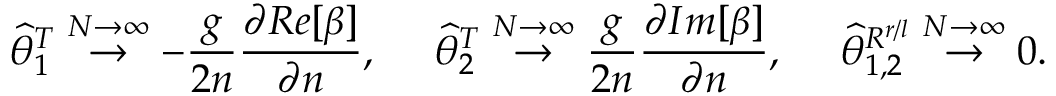
\widehat { \theta } _ { 1 } ^ { T } \stackrel { N \rightarrow \infty } { \rightarrow } - \frac { g } { 2 n } \frac { \partial R e [ \beta ] } { \partial n } , \ \ \ \ \widehat { \theta } _ { 2 } ^ { T } \stackrel { N \rightarrow \infty } { \rightarrow } \frac { g } { 2 n } \frac { \partial I m [ \beta ] } { \partial n } , \ \ \ \ \widehat { \theta } _ { 1 , 2 } ^ { R ^ { r / l } } \stackrel { N \rightarrow \infty } { \rightarrow } 0 .